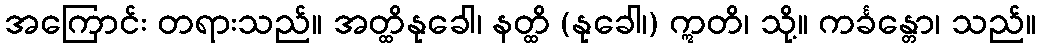
အကြောင်း တရားသည်။ အတ္ထိနုခေါ၊ နတ္ထိ (နုခေါ၊) ဣတိ၊ သို့။ ကင်္ခန္တော၊ သည်။